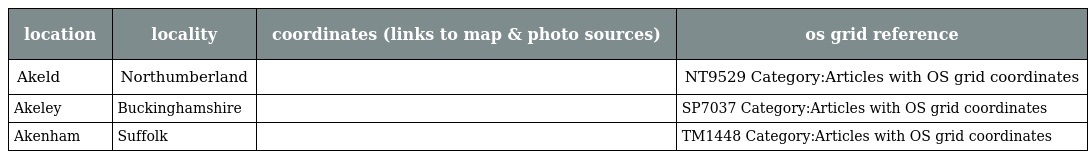
| location | locality | coordinates (links to map & photo sources) | os grid reference |
 | --- | --- | --- | --- |
 | Akeld | Northumberland |  | NT9529 Category:Articles with OS grid coordinates |
 | Akeley | Buckinghamshire |  | SP7037 Category:Articles with OS grid coordinates |
 | Akenham | Suffolk |  | TM1448 Category:Articles with OS grid coordinates |